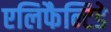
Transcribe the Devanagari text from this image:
एलिफैन्टिडे